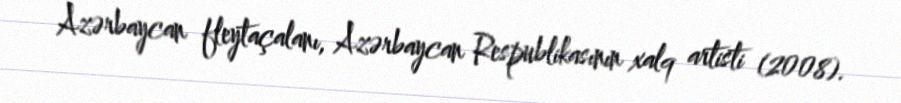
Azərbaycan fleytaçalanı, Azərbaycan Respublikasının xalq artisti (2008).